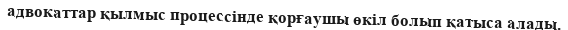
адвокаттар қылмыс процессінде қорғаушы өкіл болып қатыса алады.